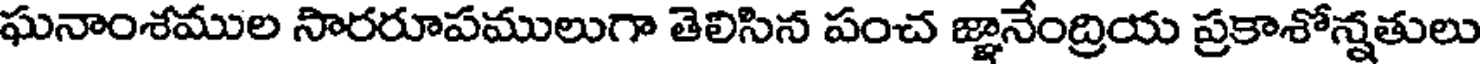
ఘనాంశముల సారరూపములుగా తెలిసిన పంచ జ్ఞానేంద్రియ ప్రకాశోన్నతులు